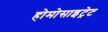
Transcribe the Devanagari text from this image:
होमोसाइट्रेट